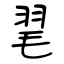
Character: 毣